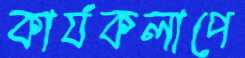
কার্যকলাপে